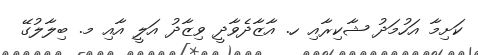
ކަށިމާ އަހުމަދު ޝާކިރާއި ހ. އާޒާދެވާދީ ވިޒާދު އަލީ އާއި މ. ބިލާލުގޭ